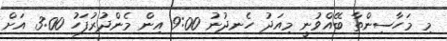
މި މަހާސިންތާ ބޭއްވުނީ މިއަދު ހެނދުނު 9:00 އިން މެންދުރުފަހު 3:00 އަށް